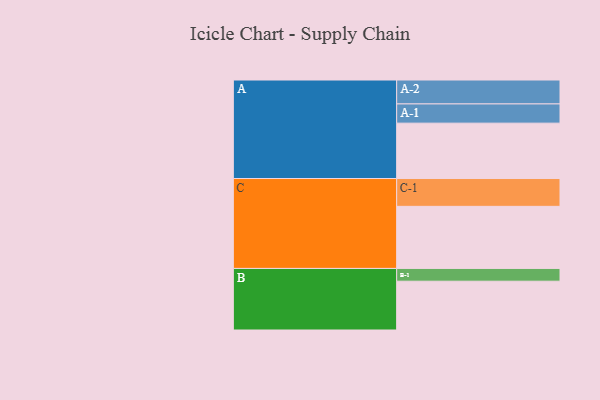
{"axis": {"x": "Segment", "y": "Value"}, "legend": ["", "A", "B", "C"], "data": [{"x": "A", "y": 412, "type": ""}, {"x": "B", "y": 363, "type": ""}, {"x": "C", "y": 462, "type": ""}, {"x": "A-1", "y": 143, "type": "A"}, {"x": "A-2", "y": 178, "type": "A"}, {"x": "B-1", "y": 95, "type": "B"}, {"x": "C-1", "y": 207, "type": "C"}]}